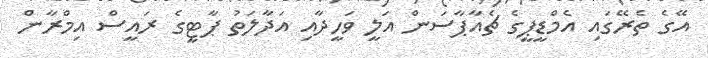
އޭގެ ތެރޭގައި އެމްޑީޕީގެ ޗެއާޕާސަން އަލީ ވަހީދާއި އަދާލަތު ޕާޓީގެ ރައީސް އިމްރާން